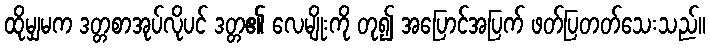
ထိုမျှမက ဒတ္တစာအုပ်လိုပင် ဒတ္တ၏ လေမျိုးကို တု၍ အပြောင်အပြက် ဖတ်ပြတတ်သေးသည်။